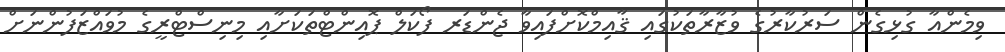
ވިމެންއާ ގުޅިގެން ސަރުކާރުގެ ވުޒާރާތަކުގައި ޤާއިމްކޮށްފައިވާ ޖެންޑަރ ފޯކަލް ޕޮއިންޓްތަކަށާއި މިނިސްޓްރީގެ މުވައްޒަފުންނަށް